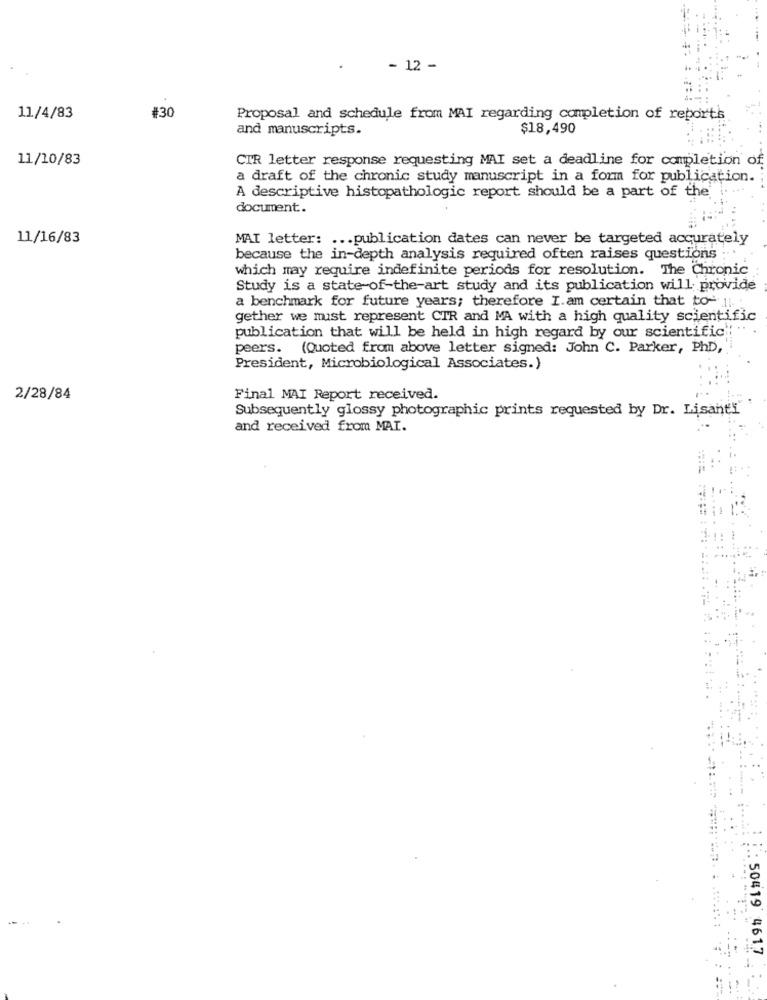
- 12 -
11/4/83
#30
Proposal and schedule from MAI regarding completion of reports
and manuscripts.
$18,490
11/10/83
CTR letter response requesting MAI set a deadline for completion of
a draft of the chronic study manuscript in a form for publication.
A descriptive histopathologic report should be a part of the
document.
11/16/83
MAI letter: ... publication dates can never be targeted accurately
because the in-depth analysis required often raises questions ;.
which may require indefinite periods for resolution. The Chronic
Study is a state-of-the-art study and its publication will provide
a benchmark for future years; therefore I. am certain that to- 11. .
gether we must represent CTR and MA with a high quality scientific
publication that will be held in high regard by our scientific !!
peers. (Quoted from above letter signed: John C. Parker, PhD,
President, Microbiological Associates.)
2/28/84
Final MAI Report received.
Subsequently glossy photographic prints requested by Dr. Lisanti
and received from MAI.
.: 50419 4617